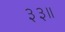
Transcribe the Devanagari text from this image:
३३॥